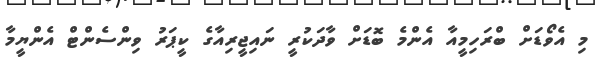
މި އެވޯޑަށް ބްރަހިމީއާ އެންމެ ބޮޑަށް ވާދަކުރީ ނައިޖީރިއާގެ ކީޕަރު ވިންސެންޓް އެންޔީމާ